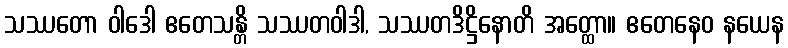
သဿတော ဝါဒေါ ဧတေသန္တိ သဿတဝါဒါ, သဿတဒိဋ္ဌိနောတိ အတ္ထော။ ဧတေနေဝ နယေန